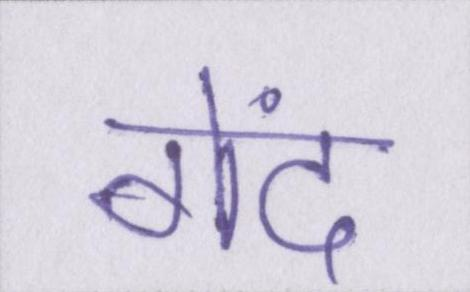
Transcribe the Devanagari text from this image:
गेंद